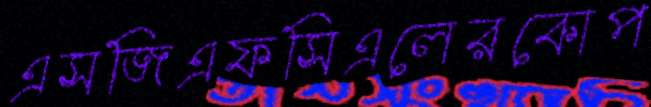
এসজিএফসিএলেরকোপ